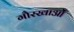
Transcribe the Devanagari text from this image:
गौरखाओं